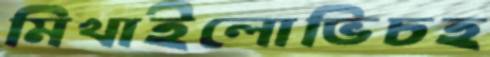
মিখাইলোভিচহ